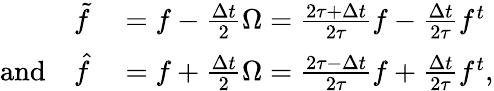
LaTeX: \begin{array}{rl}{\tilde{f}}&{{}=f-\frac{\Delta t}{2}\Omega=\frac{2\tau+\Delta t}{2\tau}f-\frac{\Delta t}{2\tau}f^{t}}\\ {\textrm{and}\quad\hat{f}}&{{}=f+\frac{\Delta t}{2}\Omega=\frac{2\tau-\Delta t}{2\tau}f+\frac{\Delta t}{2\tau}f^{t},}\end{array}